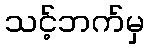
သင့်ဘက်မှ